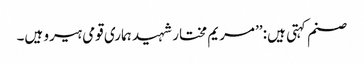
صنم کہتی ہیں: ’’مریم مختار شہید ہماری قومی ہیرو ہیں۔